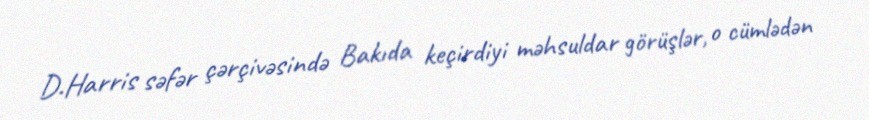
D.Harris səfər çərçivəsində Bakıda keçirdiyi məhsuldar görüşlər, o cümlədən